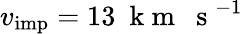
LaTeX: v_{\mathrm{imp}}=13~\mathrm{~k~m~~~s~}^{-1}